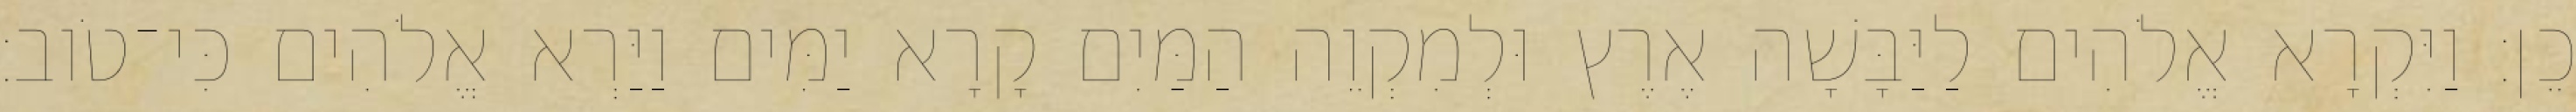
כֵן׃ וַיִּקְרָא אֱלֹהִים לַיַּבָּשָׁה אֶרֶץ וּלְמִקְוֵה הַמַּיִם קָרָא יַמִּים וַיַּרְא אֱלֹהִים כִּי־טֹוב׃